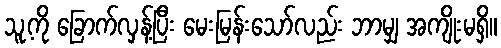
သူ့ကို ခြောက်လှန့်ပြီး မေးမြန်းသော်လည်း ဘာမျှ အကျိုးမရှိ။